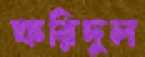
ফরিদুল